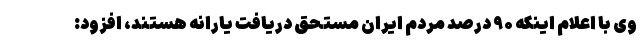
وی با اعلام اینکه ۹۰ درصد مردم ایران مستحق دریافت یارانه هستند، افزود: